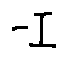
- I